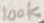
Text: 100K